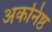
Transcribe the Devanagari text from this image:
अकनिष्ठ